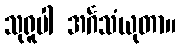
သုရူပါ အင်္ဂသံယုတာ။